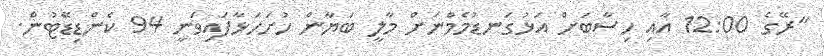
"ރޭގެ 12:00 އާއި ހިސާބަށް އަޅުގަނޑުމެމްނަށް މާލީ ބަޔާން ހުށަހަޅާފައިވަނީ 94 ކެންޑިޑޭޓުން.